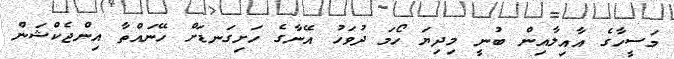
މަސީހާގެ އާއިލާއިން ބުނީ މިދިޔަ ހޯމަ ދުވަހު އޭނާގެ ހަށިގަނޑަށް ހޭނައްތާ އިންޖެކްޝަން